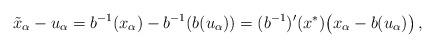
LaTeX: \begin{align*} \tilde x_{\alpha}-u_{\alpha} = b^{-1}(x_\alpha) - b^{-1}(b(u_\alpha)) = (b^{-1})'(x^*) \big(x_\alpha - b(u_\alpha)\big)\,,\end{align*}